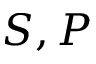
S , P